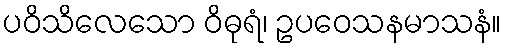
ပဝိသိလေသော ဝိဓုရံ၊ ဥပဝေသနမာသနံ။